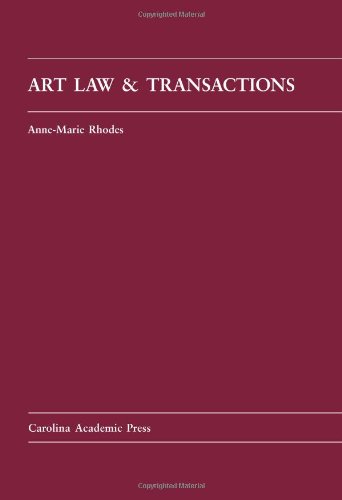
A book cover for Art Law and Transactions (Carolina Academic Press Law Casebook Series); Anne-Marie Rhodes; Law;